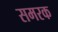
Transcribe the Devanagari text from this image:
समरक